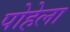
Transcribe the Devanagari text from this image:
पोहेला